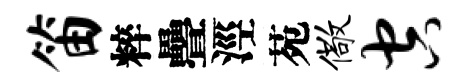
笛粹疊涇苑儆空